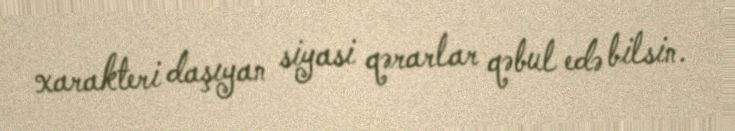
xarakteri daşıyan siyasi qərarlar qəbul edə bilsin.